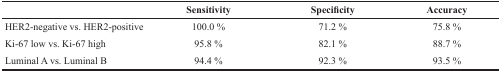
<table><thead><tr><td></td><td><b>Sensitivity</b></td><td><b>Specificity</b></td><td><b>Accuracy</b></td></tr></thead><tbody><tr><td>HER2-negative vs. HER2-positive</td><td>100.0 %</td><td>71.2 %</td><td>75.8 %</td></tr><tr><td>Ki-67 low vs. Ki-67 high</td><td>95.8 %</td><td>82.1 %</td><td>88.7 %</td></tr><tr><td>Luminal A vs. Luminal B</td><td>94.4 %</td><td>92.3 %</td><td>93.5 %</td></tr></tbody></table>